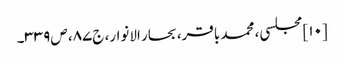
[۱۰] مجلسی، محمد باقر، بحار الانوار، ج‌۸۷، ص‌۳۳۹۔